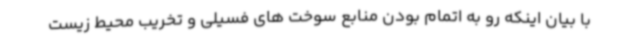
با بیان اینکه رو به اتمام بودن منابع سوخت های فسیلی و تخریب محیط زیست